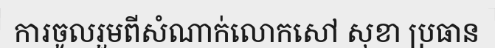
ការចូលរួមពីសំណាក់លោកសៅ សុខា ប្រធាន